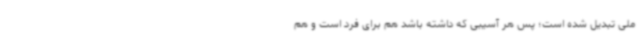
ملی تبدیل شده است؛ پس هر آسیبی که داشته باشد هم برای فرد است و هم